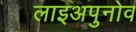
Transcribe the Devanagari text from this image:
लाइअपुनोव